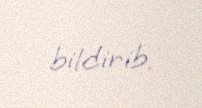
bildirib.